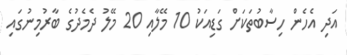
އަދި އެހެން ހިސާބުތަކަށް ގަޑިއަކު 10 މޭލާއި 20 މޭލު ދެމެދުގެ ބާރުމިނުގައި